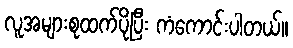
လူအများစုထက်ပိုပြီး ကံကောင်းပါတယ်။